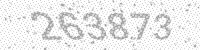
Solution: 263873